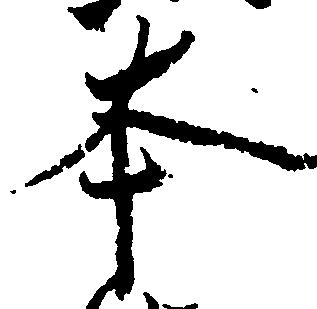
本